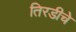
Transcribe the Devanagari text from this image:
तिरडीचे